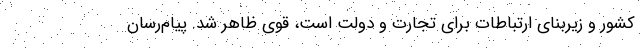
کشور و زیربنای ارتباطات برای تجارت و دولت است، قوی ظاهر شد. پیام‌رسان